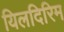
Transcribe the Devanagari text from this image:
यिलदिरिम